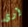
آوى